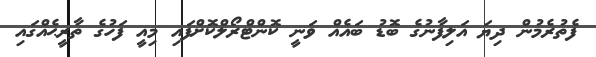
ފެތުރެމުން ދިޔަ އަލިފާނުގެ ބޮޑު ބައެއް ވަނީ ކޮންޓްރޯލްކޮށްފައި މިއީ ފަހުގެ ތާރީޙެއްގައި